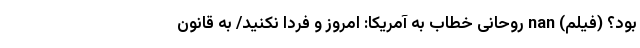
بود؟ (فیلم) nan روحانی خطاب به آمریکا: امروز و فردا نکنید/ به قانون